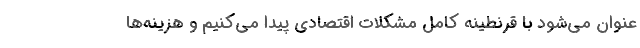
عنوان می‌شود با قرنطینه کامل مشکلات اقتصادی پیدا می‌کنیم و هزینه‌ها